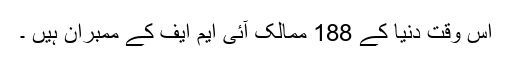
اس وقت دنیا کے 188 ممالک آئی ایم ایف کے ممبران ہیں ۔